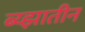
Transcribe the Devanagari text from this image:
ब्य्झातीन